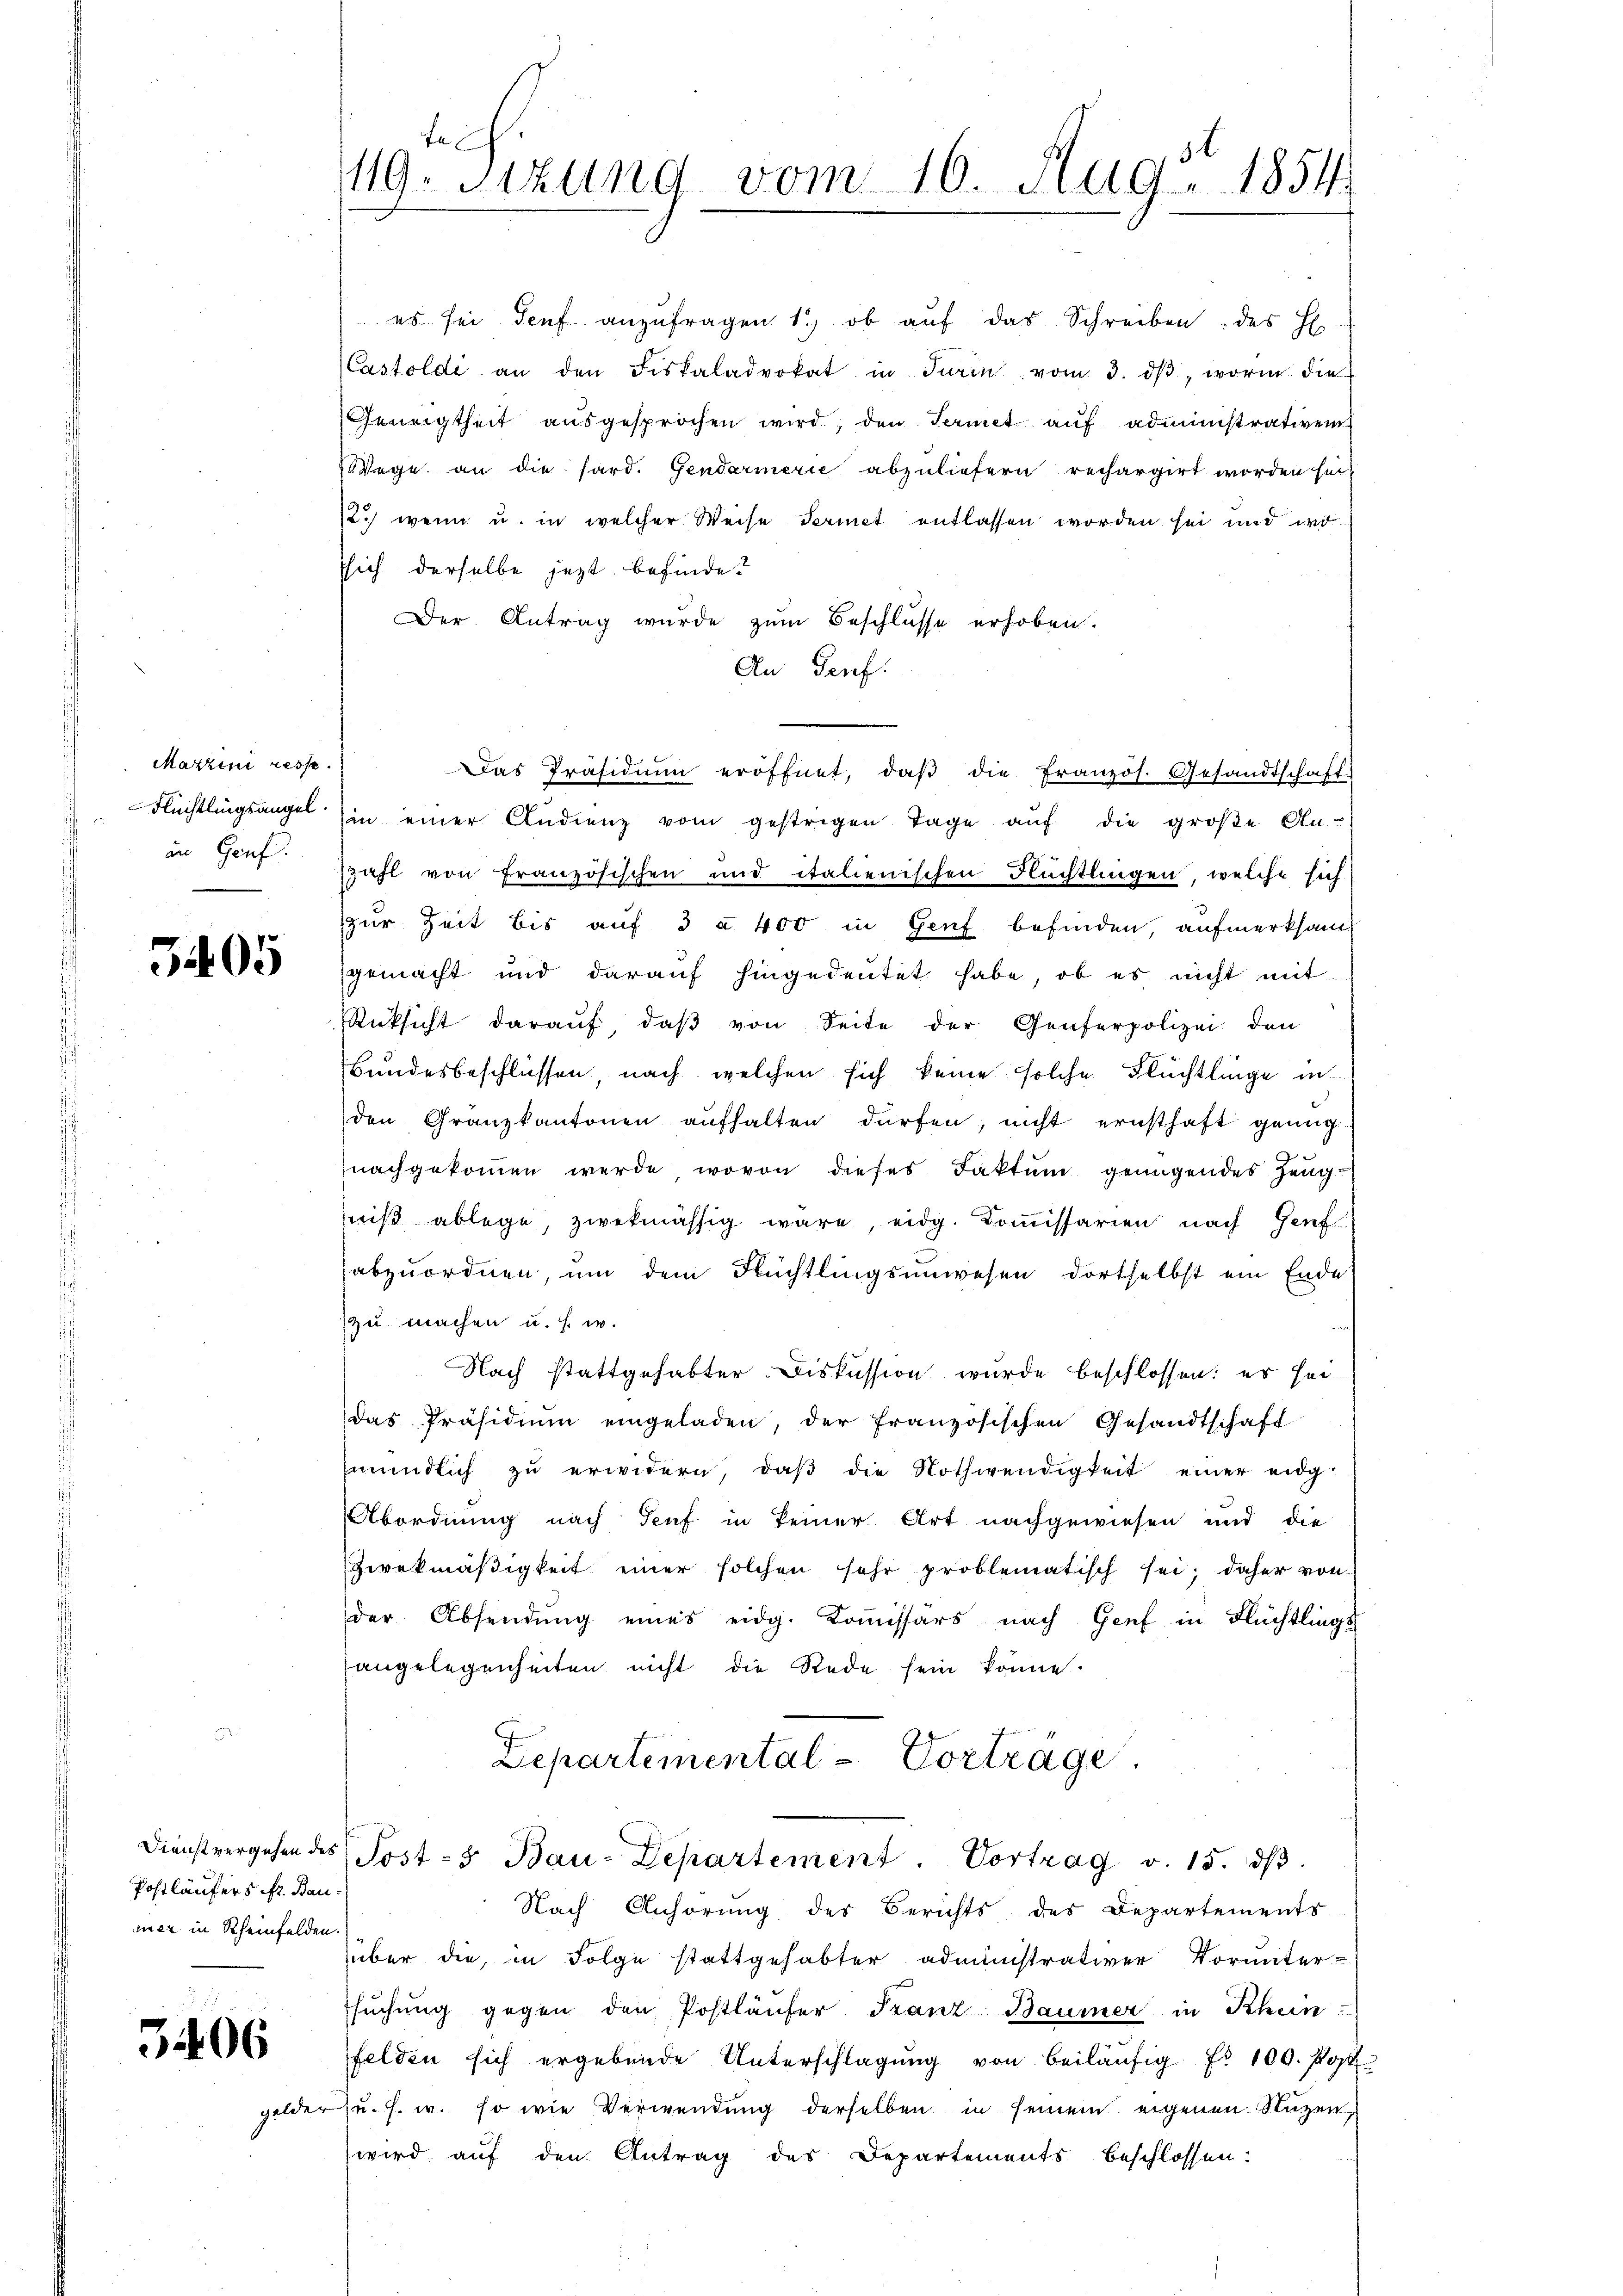
Marzini resse.
Flüchtlingsangel.
an Genf.

3405

Postläufers fr. Bau
ier in Rheinfelden.

3406

gelde

fe.
.
119. Sitzung vom 16. Aug. 1854

sich derselbe jezt befinde?
Der Antrag wurde zum Beschlüsse erhoben.
An Genf.
sin einer Audienz vom gestrigen Tage aŭf die große An-
zahl von Französischen und italienischen Flüchtlingen, welche sich
zur Zeit bis auf 3 § 400 in Genf befinden, aufmerksam
gemacht und darauf hingedeutet habe, ob es nicht mit
Rücksicht darauf, daβ von Seite der Genferpolizei den
Bundesbeschlüssen nach welchen sich keine solche Flüchtlinge in
den Gränzkantonen aŭfhalten dürfen, nicht ernsthaft genug-
nachgekommen werde, wovon dieses Faktum genügendes Zeugwiß ablege, zwekmässig wäre, eidg. Kommissarien nach Genf
abzuordnen, um dem Flüchtlingsunwesen dortselbst ein Ende
zu machen u. s. w.
Nach stattgehabter Diskussion wurde beschlossen: er seidas Präsidiŭm eingeladen, der französischen Gesandtschaft
mündlich zŭ erwidern, daβ die Nothwendigkeit einer eidg¬
Abordnung nach Teuf in keiner Art nachgewiesen und die
Zwekmäβigkeit einer solchen sehr problematisch sei; daher von
der Absendung eines eidg. Kommissärs nach Genf in Flüchtlings
angelegenheiten nicht die Rede sein könne.
Departemental-Vortrage
Dienstvergehen des Post - 5. Bau-Departement. Vortrag v. 15. dβ.
Nach Anhörung des Berichts des Departements
über die, in Folge stattgehabter administrativer Vorunter-
suchung gegen den Postläufer Franz Baumer in Rhein
felden sich ergebende Unterschlagung von beiläŭfig Nr. 100. Post
u. s. w. so wie Verwendung derselben in seinem eigenen Stützen,
wird auf den Antrag des Departements beschlossen:

es sei Senf anzŭfragen 1.) ob auf das Schreiben des H.
Castoldi an den Fiskaladvokat in Turin vom 3. dβ, worin die
Geneigtheit ausgesprochen wird, den Sermet auf administrativen
Wege an die hard. Gendarmerie abzuliefern rechargirt worden sei
12.) wenn u. in welcher Weise Feriet entlassen worden sei und wi

Das Präsidium eröffnet, daβ die Französ. Gesandtschaft